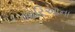
મારિઆના